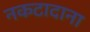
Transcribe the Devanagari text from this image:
नकटादाना